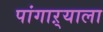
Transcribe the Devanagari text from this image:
पांगाऱ्याला